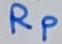
Text: RP